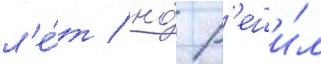
л'е́т / но́ р'еши́л